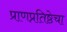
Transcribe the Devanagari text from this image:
प्राणप्रतिष्ठेचा